Source: Handwritten
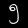
Digit: ၅ (5)